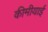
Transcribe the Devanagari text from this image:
कीमीयाई